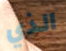
الذي